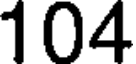
104